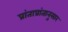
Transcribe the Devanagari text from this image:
प्रांताप्रांतानुसार